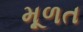
મૂળત